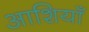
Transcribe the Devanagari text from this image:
आशियाँ